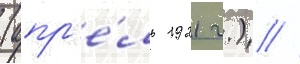
(апр'е́ль 1921 г.) //